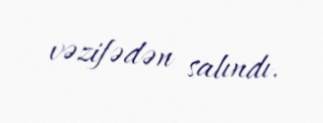
vəzifədən salındı.